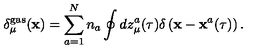
\delta _ { \mu } ^ { \mathrm { g a s } } ( { \bf x } ) = \sum _ { a = 1 } ^ { N } n _ { a } \oint d z _ { \mu } ^ { a } ( \tau ) \delta \left( { \bf x } - { \bf x } ^ { a } ( \tau ) \right) .